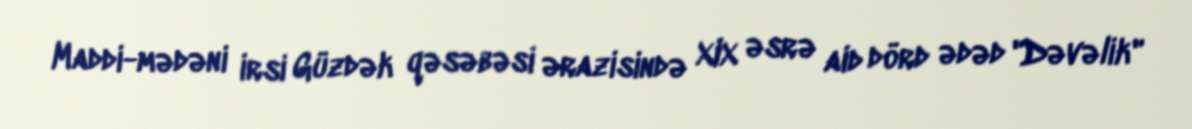
Maddi-mədəni irsi Güzdək qəsəbəsi ərazisində XIX əsrə aid dörd ədəd "Dəvəlik"